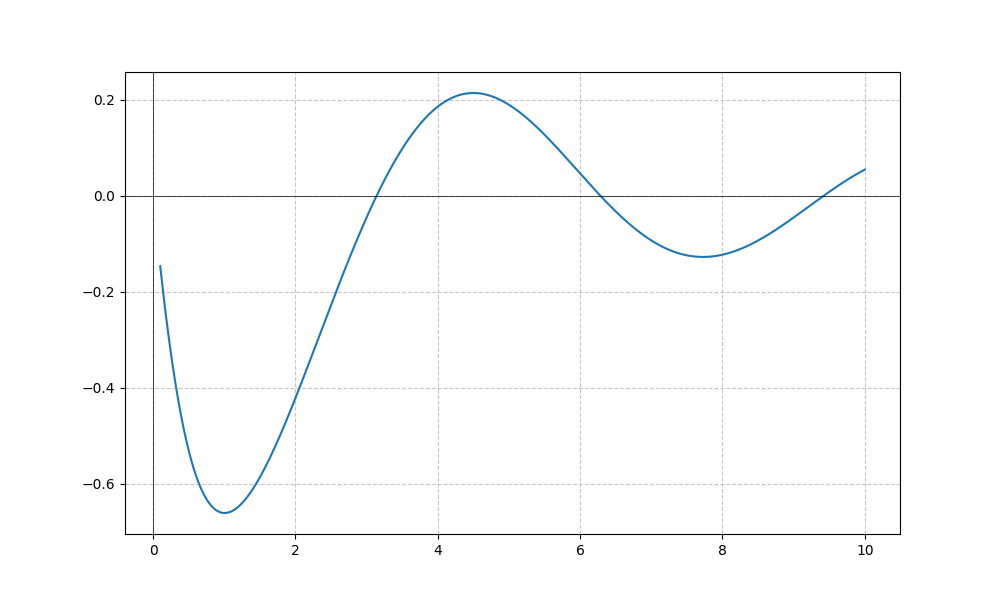
LaTeX formula: - \sin{\left(x \right)} \operatorname{acot}{\left(x \right)}